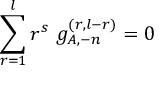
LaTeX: \sum _ { r = 1 } ^ { l } r ^ { s } ~ g _ { A , - n } ^ { ( r , l - r ) } = 0